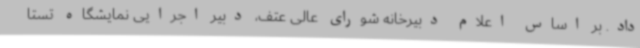
داد. بر اساس اعلام دبیرخانه شورای عالی عتف، دبیر اجرایی نمایشگاه تستا